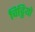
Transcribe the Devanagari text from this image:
चिट्ठियो